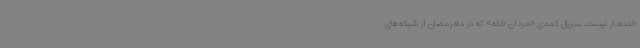
خنده‌دار نیست. سریال کمدی «مردان خانه» که در ماه رمضان از شبکه‌های